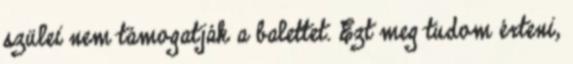
szülei nem támogatják a balettet. Ezt meg tudom érteni,